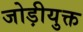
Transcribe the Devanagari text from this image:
जोड़ीयुक्त